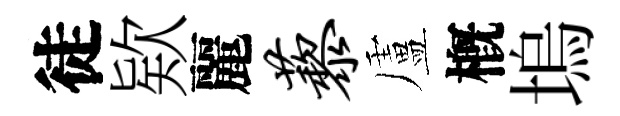
徒欵麗藜盧槪塢